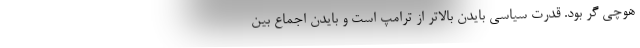
هوچی گر بود. قدرت سیاسی بایدن بالاتر از ترامپ است و بایدن اجماع بین